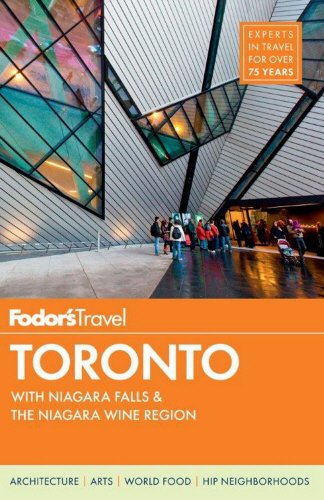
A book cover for Fodor's Toronto: with Niagara Falls & the Niagara Wine Region (Full-color Travel Guide); Fodor's; Travel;